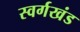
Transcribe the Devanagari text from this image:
स्वर्गखंड